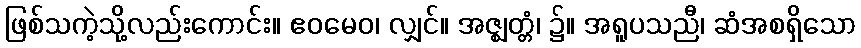
ဖြစ်သကဲ့သို့လည်းကောင်း။ ဧဝမေဝ၊ လျှင်။ အဇ္ဈတ္တံ၊ ၌။ အရူပသညီ၊ ဆံအစရှိသော